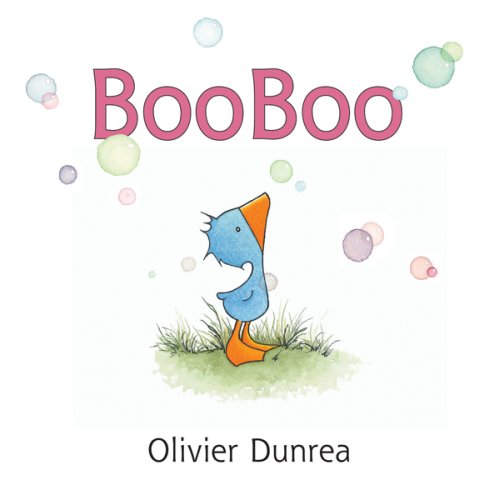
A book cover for BooBoo (Gossie & Friends); Olivier Dunrea; Children's Books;